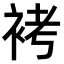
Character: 𧙲